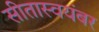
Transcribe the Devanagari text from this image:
सीतास्वयंबर